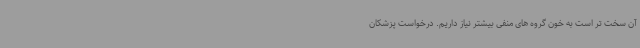
آن سخت تر است به خون گروه های منفی بیشتر نیاز داریم. درخواست پزشکان